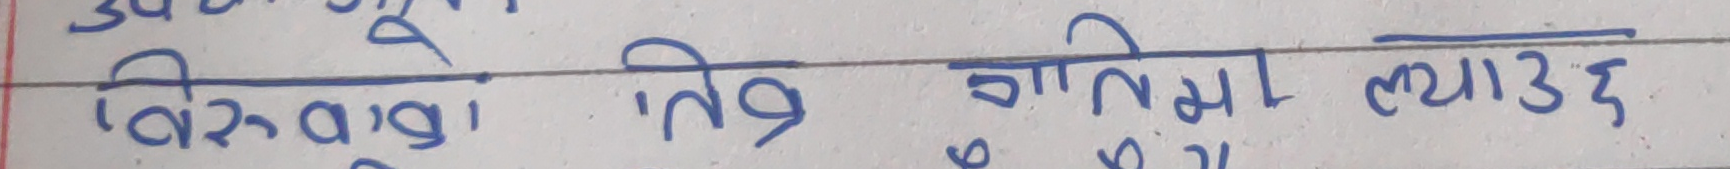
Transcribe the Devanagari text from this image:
बिरुवाको 'तिन भागमा ल्याउ ३